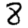
Digit: 8